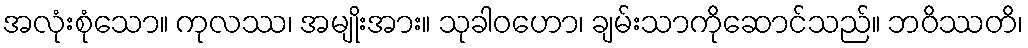
အလုံးစုံသော။ ကုလဿ၊ အမျိုးအား။ သုခါဝဟော၊ ချမ်းသာကိုဆောင်သည်။ ဘဝိဿတိ၊